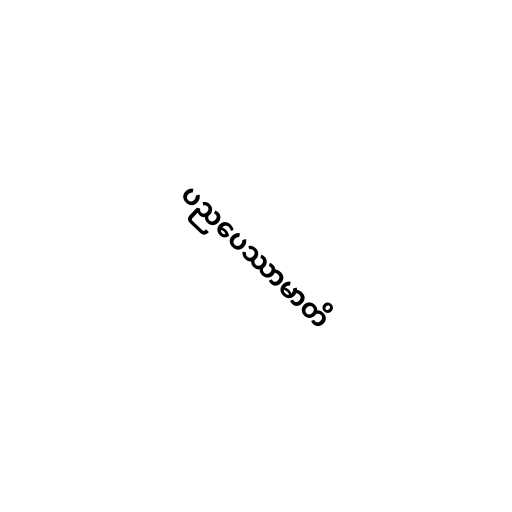
ပညပေဿာမာတိ